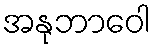
အနုဘာဝေါ